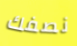
نصفك